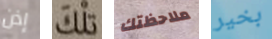
إذن تلك ملاحظتك بخير